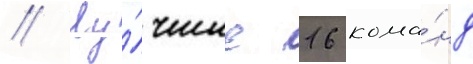
// Лу́чшие 16 кома́нд